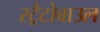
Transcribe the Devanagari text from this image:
स्ट्रैटोबाउल